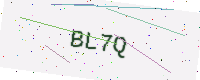
Text: BL7Q